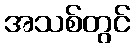
အသစ်တွင်